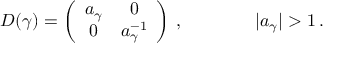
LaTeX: D ( \gamma ) = \left( \begin{array} { c c } { { a _ { \gamma } } } & { { 0 } } \\ { { 0 } } & { { a _ { \gamma } ^ { - 1 } } } \end{array} \right) \: , \qquad \qquad | a _ { \gamma } | > 1 \: .